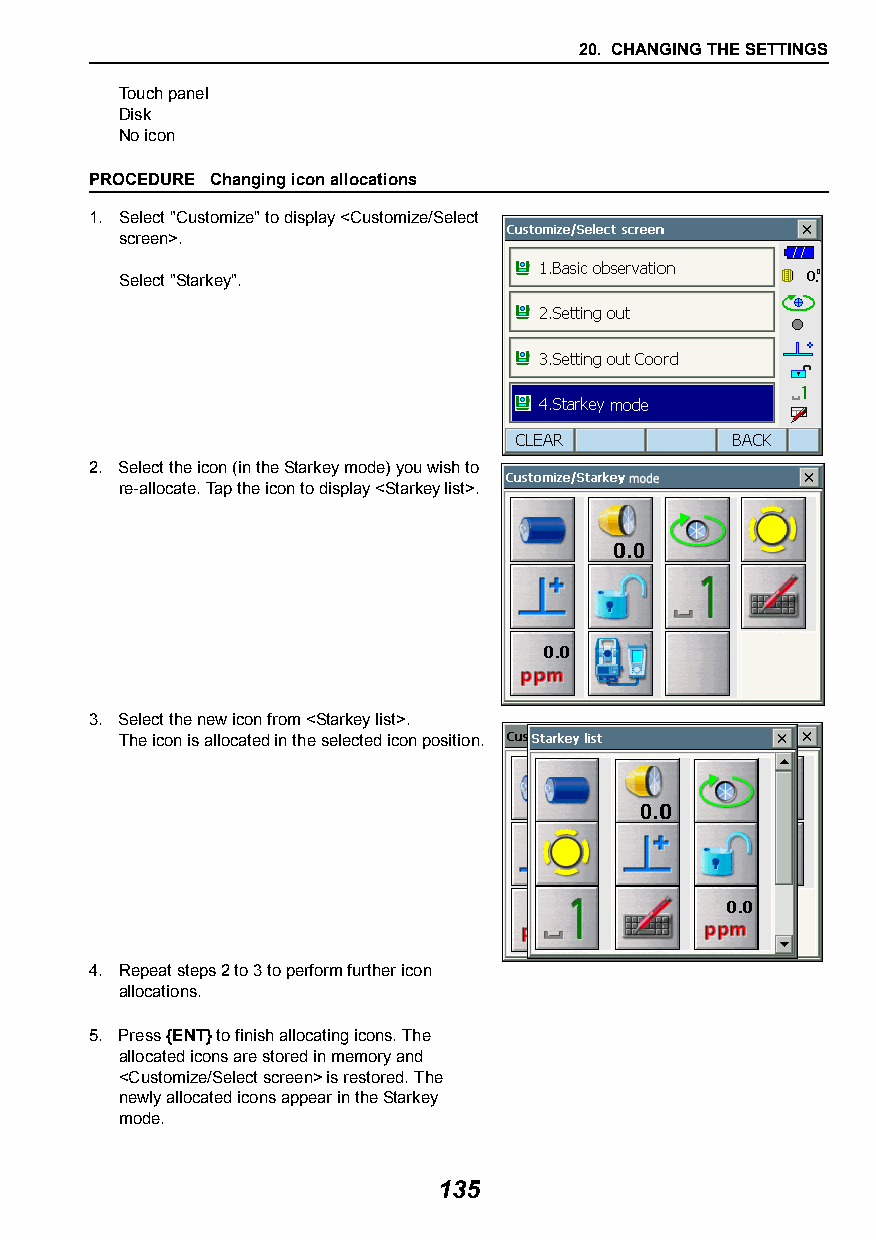
20. CHANGING THE SETTINGS
 Touch panel
 Disk
 No icon
 PROCEDURE Changing icon allocations
 1. Select "Customize" to display <Customize/Select
 screen>.
 Select "Starkey".
 2. Select the icon (in the Starkey mode) you wish to
 re-allocate. Tap the icon to display <Starkey list>.
 3. Select the new icon from <Starkey list>.
 The icon is allocated in the selected icon position.
 4. Repeat steps 2 to 3 to perform further icon
 allocations.
 5. Press {ENT} to finish allocating icons. The
 allocated icons are stored in memory and
 <Customize/Select screen> is restored. The
 newly allocated icons appear in the Starkey
 mode.
 135